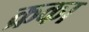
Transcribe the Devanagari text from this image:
क्रका